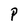
Character: P